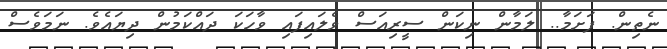
ނެތިން. ފަށަމާ.. ލަމާން ނިކަން ސީރިއަސް ވެލައިފައި ވާހަކަ ދައްކަމުން ދިޔައެވެ. ނަމަވެސް